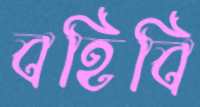
বহিবি